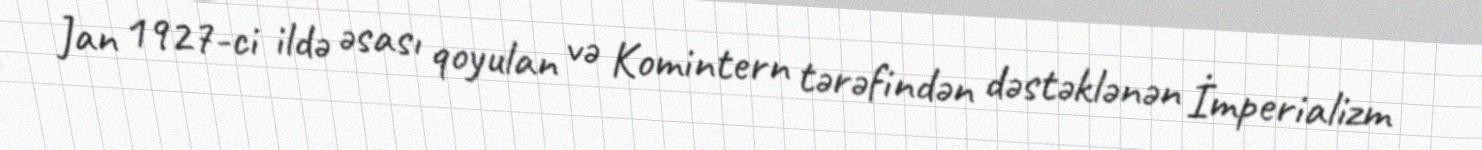
Jan 1927-ci ildə əsası qoyulan və Komintern tərəfindən dəstəklənən İmperializm